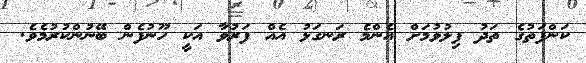
ކަންފަތުގެ ތަދު ފިލުވުމަށް އެންމެ ރަނގަޅު އެއް ފަރުވާ އަކީ ހޫނުފެން ބޭނުންކުރުމެވެ.